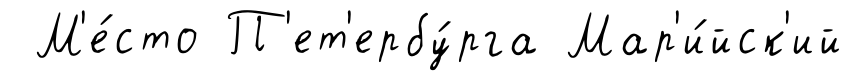
М'е́сто П'ет'ербу́рга Мар'и́йск'ий